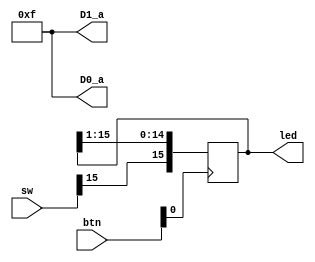
`timescale 1ns / 1ps

module Lab(

    //Input switches and buttons
    input [15:0] sw,
    input [3:0] btn,
    
    //Output leds and led-segments
    output [15:0] led,    
    output [3:0] D0_a, D1_a
);

//Shift register to hold data
reg [15:0] shiftRegister;

//Updates shift register upon button press
always @(posedge btn[0]) begin
    shiftRegister <= {sw[15], shiftRegister[15:1]};
end

//Assigns led output to shiftRegister data
assign led = shiftRegister;

//Turn off led-segments
assign D0_a = 4'b1111;
assign D1_a = 4'b1111;

endmodule